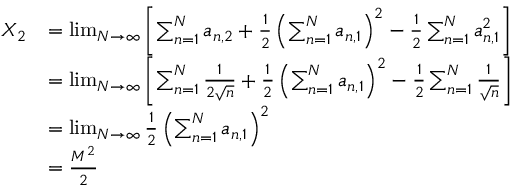
\begin{array} { r l } { X _ { 2 } } & { = \operatorname* { l i m } _ { N \to \infty } \left[ \sum _ { n = 1 } ^ { N } a _ { n , 2 } + \frac { 1 } { 2 } \left( \sum _ { n = 1 } ^ { N } a _ { n , 1 } \right) ^ { 2 } - \frac { 1 } { 2 } \sum _ { n = 1 } ^ { N } a _ { n , 1 } ^ { 2 } \right] } \\ & { = \operatorname* { l i m } _ { N \to \infty } \left[ \sum _ { n = 1 } ^ { N } \frac { 1 } { 2 \sqrt { n } } + \frac { 1 } { 2 } \left( \sum _ { n = 1 } ^ { N } a _ { n , 1 } \right) ^ { 2 } - \frac { 1 } { 2 } \sum _ { n = 1 } ^ { N } \frac { 1 } { \sqrt { n } } \right] } \\ & { = \operatorname* { l i m } _ { N \to \infty } \frac { 1 } { 2 } \left( \sum _ { n = 1 } ^ { N } a _ { n , 1 } \right) ^ { 2 } } \\ & { = \frac { M ^ { 2 } } { 2 } } \end{array}